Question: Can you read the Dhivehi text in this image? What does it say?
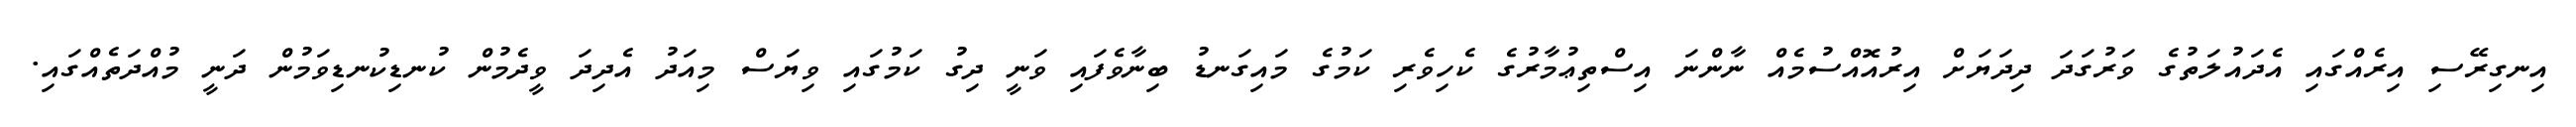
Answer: އިނގިރޭސި އިރެއްގައި އެދައުލަތުގެ ވަރުގަދަ ދިދަޔަށް އިރުއޮއްސުމެއް ނާންނަ އިސްތިޢުމާރުގެ ކެހިވެރި ކަމުގެ މައިގަނޑު ބިނާވެފައި ވަނީ ދިގު ކަމުގައި ވިޔަސް މިއަދު އެދިދަ ވީދެމުން ކުނޑިކުނޑިވަމުން ދަނީ މުއްދަތެއްގައި.